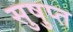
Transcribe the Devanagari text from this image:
सुषुप्‍त